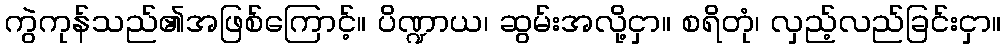
ကွဲကုန်သည်၏အဖြစ်ကြောင့်။ ပိဏ္ဍာယ၊ ဆွမ်းအလို့ငှာ။ စရိတုံ၊ လှည့်လည်ခြင်းငှာ။